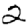
Digit: 2